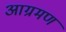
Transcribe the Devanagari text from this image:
आग्रमण